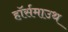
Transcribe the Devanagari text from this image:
हॉर्समाउथ